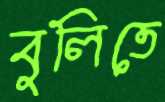
বুলিতে